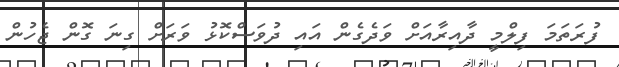
ފުރަތަމަ ފިލްމީ ދާއިރާއަށް ވަދެގެން އައި ދުވަސްކޮޅު ވަރަށް ގިނަ ގޮން ޖެހުން